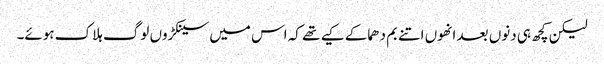
لیکن کچھ ہی دنوں بعد انھوں اتنے بم دھماکے کیے تھے کہ اس میں سینکڑوں لوگ ہلاک ہوئے۔